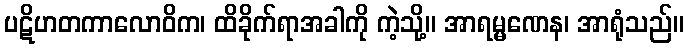
ပဋိဟတကာလောဝိက၊ ထိခိုက်ရာအခါကို ကဲ့သို့။ အာရမ္မဏေန၊ အာရုံသည်။